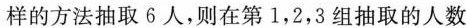
样的方法抽取6人，则在第1，2，3组抽取的人数